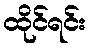
ထိုင်ရင်း